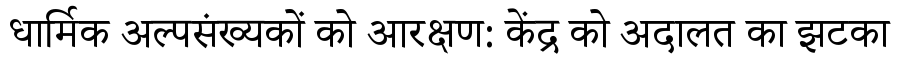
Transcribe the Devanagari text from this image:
धार्मिक अल्पसंख्यकों को आरक्षण: केंद्र को अदालत का झटका